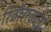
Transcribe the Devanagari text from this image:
रिठौराकलां